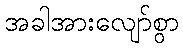
အခါအားလျော်စွာ